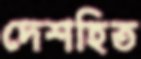
দেশহিত